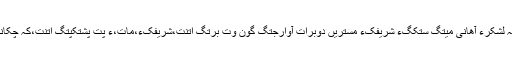
چیءَ کہ آ بُن اسلءَ کَلگءِ مردم اِتنت اودءَ چہ لَشکرءَ آھانی مِیتگ سُتکگءُُ شریفکءِ مستریں دوبرات آوارجتگ گون وت بُرتگ اِتنت،شریفکءِ،مات،ءُُ پِت پَشتکپتگ اِتنت،کہ چُکانی گاریءَ گِریتگ ءُُ گِریتگ چمّان کوراَتنت۔